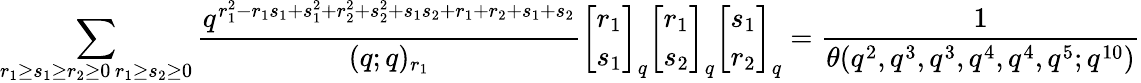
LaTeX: \sum_{\substack{r_{1}\geq s_{1}\geq r_{2}\geq 0\, r_{1}\geq s_{2}\geq 0}}\frac{q^{r_{1}^{2}-r_{1}s_{1}+s_{1}^{2}+r_{2}^{2}+s_{2}^{2}+s_{1}s_{2}+r_{1}+r_{2}+s_{1}+s_{2}}}{(q;q)_{r_{1}}}{r_{1}\brack s_{1}}_{q}{r_{1}\brack s_{2}}_{q}{s_{1}\brack r_{2}}_{q}=\frac{1}{\theta(q^{2},q^{3},q^{3},q^{4},q^{4},q^{5};q^{10})}